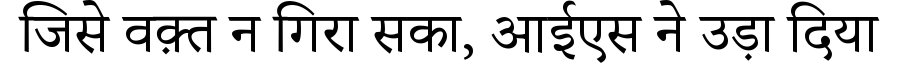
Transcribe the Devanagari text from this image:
जिसे वक़्त न गिरा सका, आईएस ने उड़ा दिया